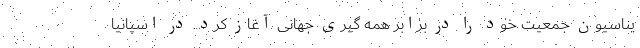
یناسیون جمعیت خود را در برابر همه گیری جهانی آغاز کرد. در اسپانیا